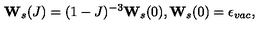
{ \bf W } _ { s } ( J ) = ( 1 - J ) ^ { - 3 } { \bf W } _ { s } ( 0 ) , { \bf W } _ { s } ( 0 ) = \epsilon _ { v a c } ,